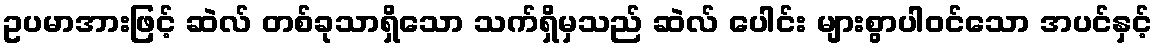
ဥပမာအားဖြင့် ဆဲလ် တစ်ခုသာရှိသော သက်ရှိမှသည် ဆဲလ် ပေါင်း များစွာပါဝင်သော အပင်နှင့်